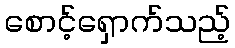
စောင့်ရှောက်သည့်